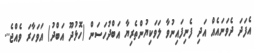
އެފަދަ ދެވަނައެއް އަދި ފެނިފައިނުވާ ލަވަކިޔުންތެރިޔާ އަބްދުހަސަން (ހޮޅުދޫ އަބްދު) އަވަހާރަ ވެއްޖެ...